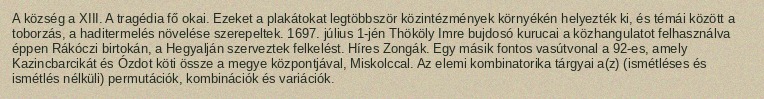
A község a XIII. A tragédia fő okai. Ezeket a plakátokat legtöbbször közintézmények környékén helyezték ki, és témái között a toborzás, a haditermelés növelése szerepeltek. 1697. július 1-jén Thököly Imre bujdosó kurucai a közhangulatot felhasználva éppen Rákóczi birtokán, a Hegyalján szerveztek felkelést. Híres Zongák. Egy másik fontos vasútvonal a 92-es, amely Kazincbarcikát és Ózdot köti össze a megye központjával, Miskolccal. Az elemi kombinatorika tárgyai a(z) (ismétléses és ismétlés nélküli) permutációk, kombinációk és variációk.